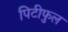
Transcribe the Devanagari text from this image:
पिटीफुल